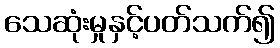
သေဆုံးမှုနှင့်ပတ်သက်၍